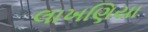
લાખણિયા